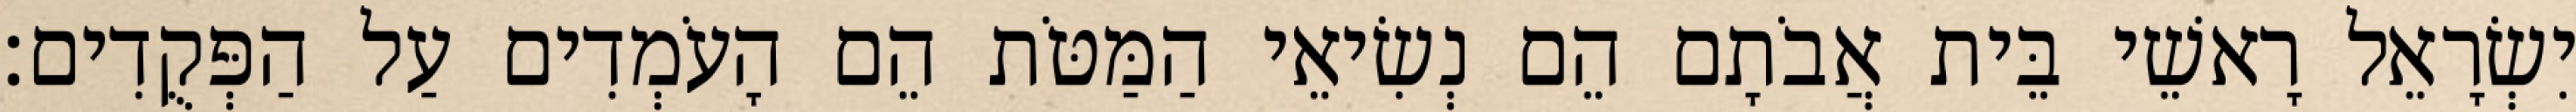
יִשְׂרָאֵל רָאשֵׁי בֵּית אֲבֹתָם הֵם נְשִׂיאֵי הַמַּטֹּת הֵם הָעֹמְדִים עַל הַפְּקֻדִים׃